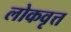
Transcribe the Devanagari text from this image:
लोकवृत्त